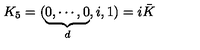
K _ { 5 } = ( \underbrace { 0 , \cdots , 0 } _ { d } , i , 1 ) = i \bar { K }